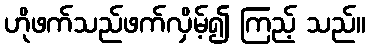
ဟိုဖက်သည်ဖက်လှိမ့်၍ ကြည့် သည်။